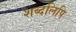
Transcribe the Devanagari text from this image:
शब्दलिपि